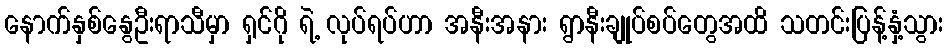
နောက်နှစ်နွေဦးရာသီမှာ ရှင်ဂို ရဲ့ လုပ်ရပ်ဟာ အနီးအနား ရွာနီးချုပ်စပ်တွေအထိ သတင်းပြန့်နှံ့သွား